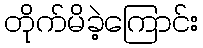
တိုက်မိခဲ့ကြောင်း